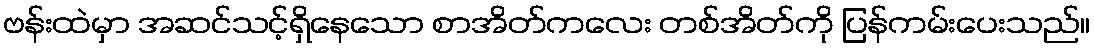
ဗန်းထဲမှာ အဆင်သင့်ရှိနေသော စာအိတ်ကလေး တစ်အိတ်ကို ပြန်ကမ်းပေးသည်။